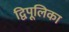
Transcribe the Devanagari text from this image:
द्विपूलिका